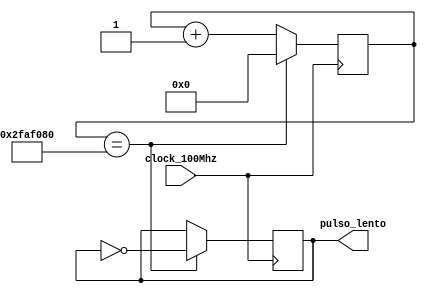
`timescale 1ns / 1ps
//////////////////////////////////////////////////////////////////////////////////
// Company: 
// Engineer: 
// 
// Design Name: 
// Module Name: pulso
// Project Name: 
// Target Devices: 
// Tool Versions: 
// Description: 
// 
// Dependencies: 
// 
// Revision:
// Revision 0.01 - File Created
// Additional Comments:
// 
//////////////////////////////////////////////////////////////////////////////////

module pulso(
    input clock_100Mhz,
    output pulso_lento
    );
    reg [25:0] count = 0;
    reg clk_out;
    
    always @(posedge clock_100Mhz)
    
        begin
            count <= count +1;
            if (count == 50_000_000)
                begin
                    count <= 0;
                    clk_out = ~clk_out;
                end
        end
    assign pulso_lento = clk_out;
endmodule